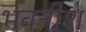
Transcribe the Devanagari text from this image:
भवनीश